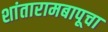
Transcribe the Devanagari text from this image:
शांतारामबापूचा